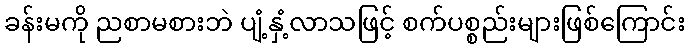
ခန်းမကို ညစာမစားဘဲ ပျံ့နှံ့လာသဖြင့် စက်ပစ္စည်းများဖြစ်ကြောင်း